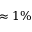
\approx 1 \%